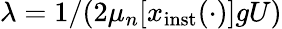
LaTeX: \lambda=1/(2\mu_{n}\lbrack x_{\mathrm{inst}}(\cdot)\rbrack gU)